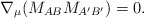
\begin{align*}\nabla _{\mu }(M_{AB}M_{A^{\prime }B^{\prime }})=0. \end{align*}